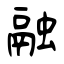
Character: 融